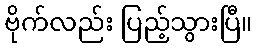
ဗိုက်လည်း ပြည့်သွားပြီ။